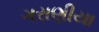
ગરાણીયા